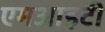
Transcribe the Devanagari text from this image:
एमआइटी